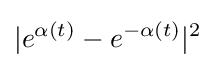
|e^{\alpha (t)}-e^{-\alpha (t)}|^{2}